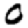
Digit: 0